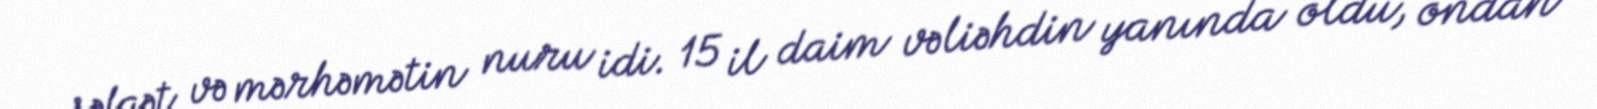
şəfqət və mərhəmətin nuru idi. 15 il daim vəliəhdin yanında oldu, ondan